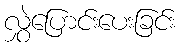
လွှဲပြောင်းပေးခြင်း